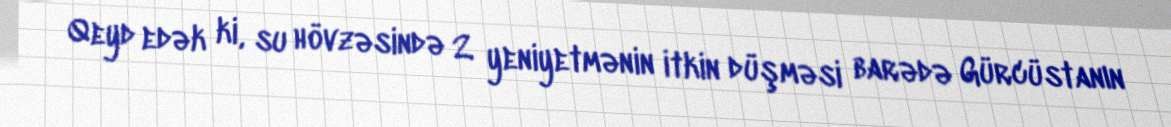
Qeyd edək ki, su hövzəsində 2 yeniyetmənin itkin düşməsi barədə Gürcüstanın